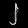
Digit: ၂